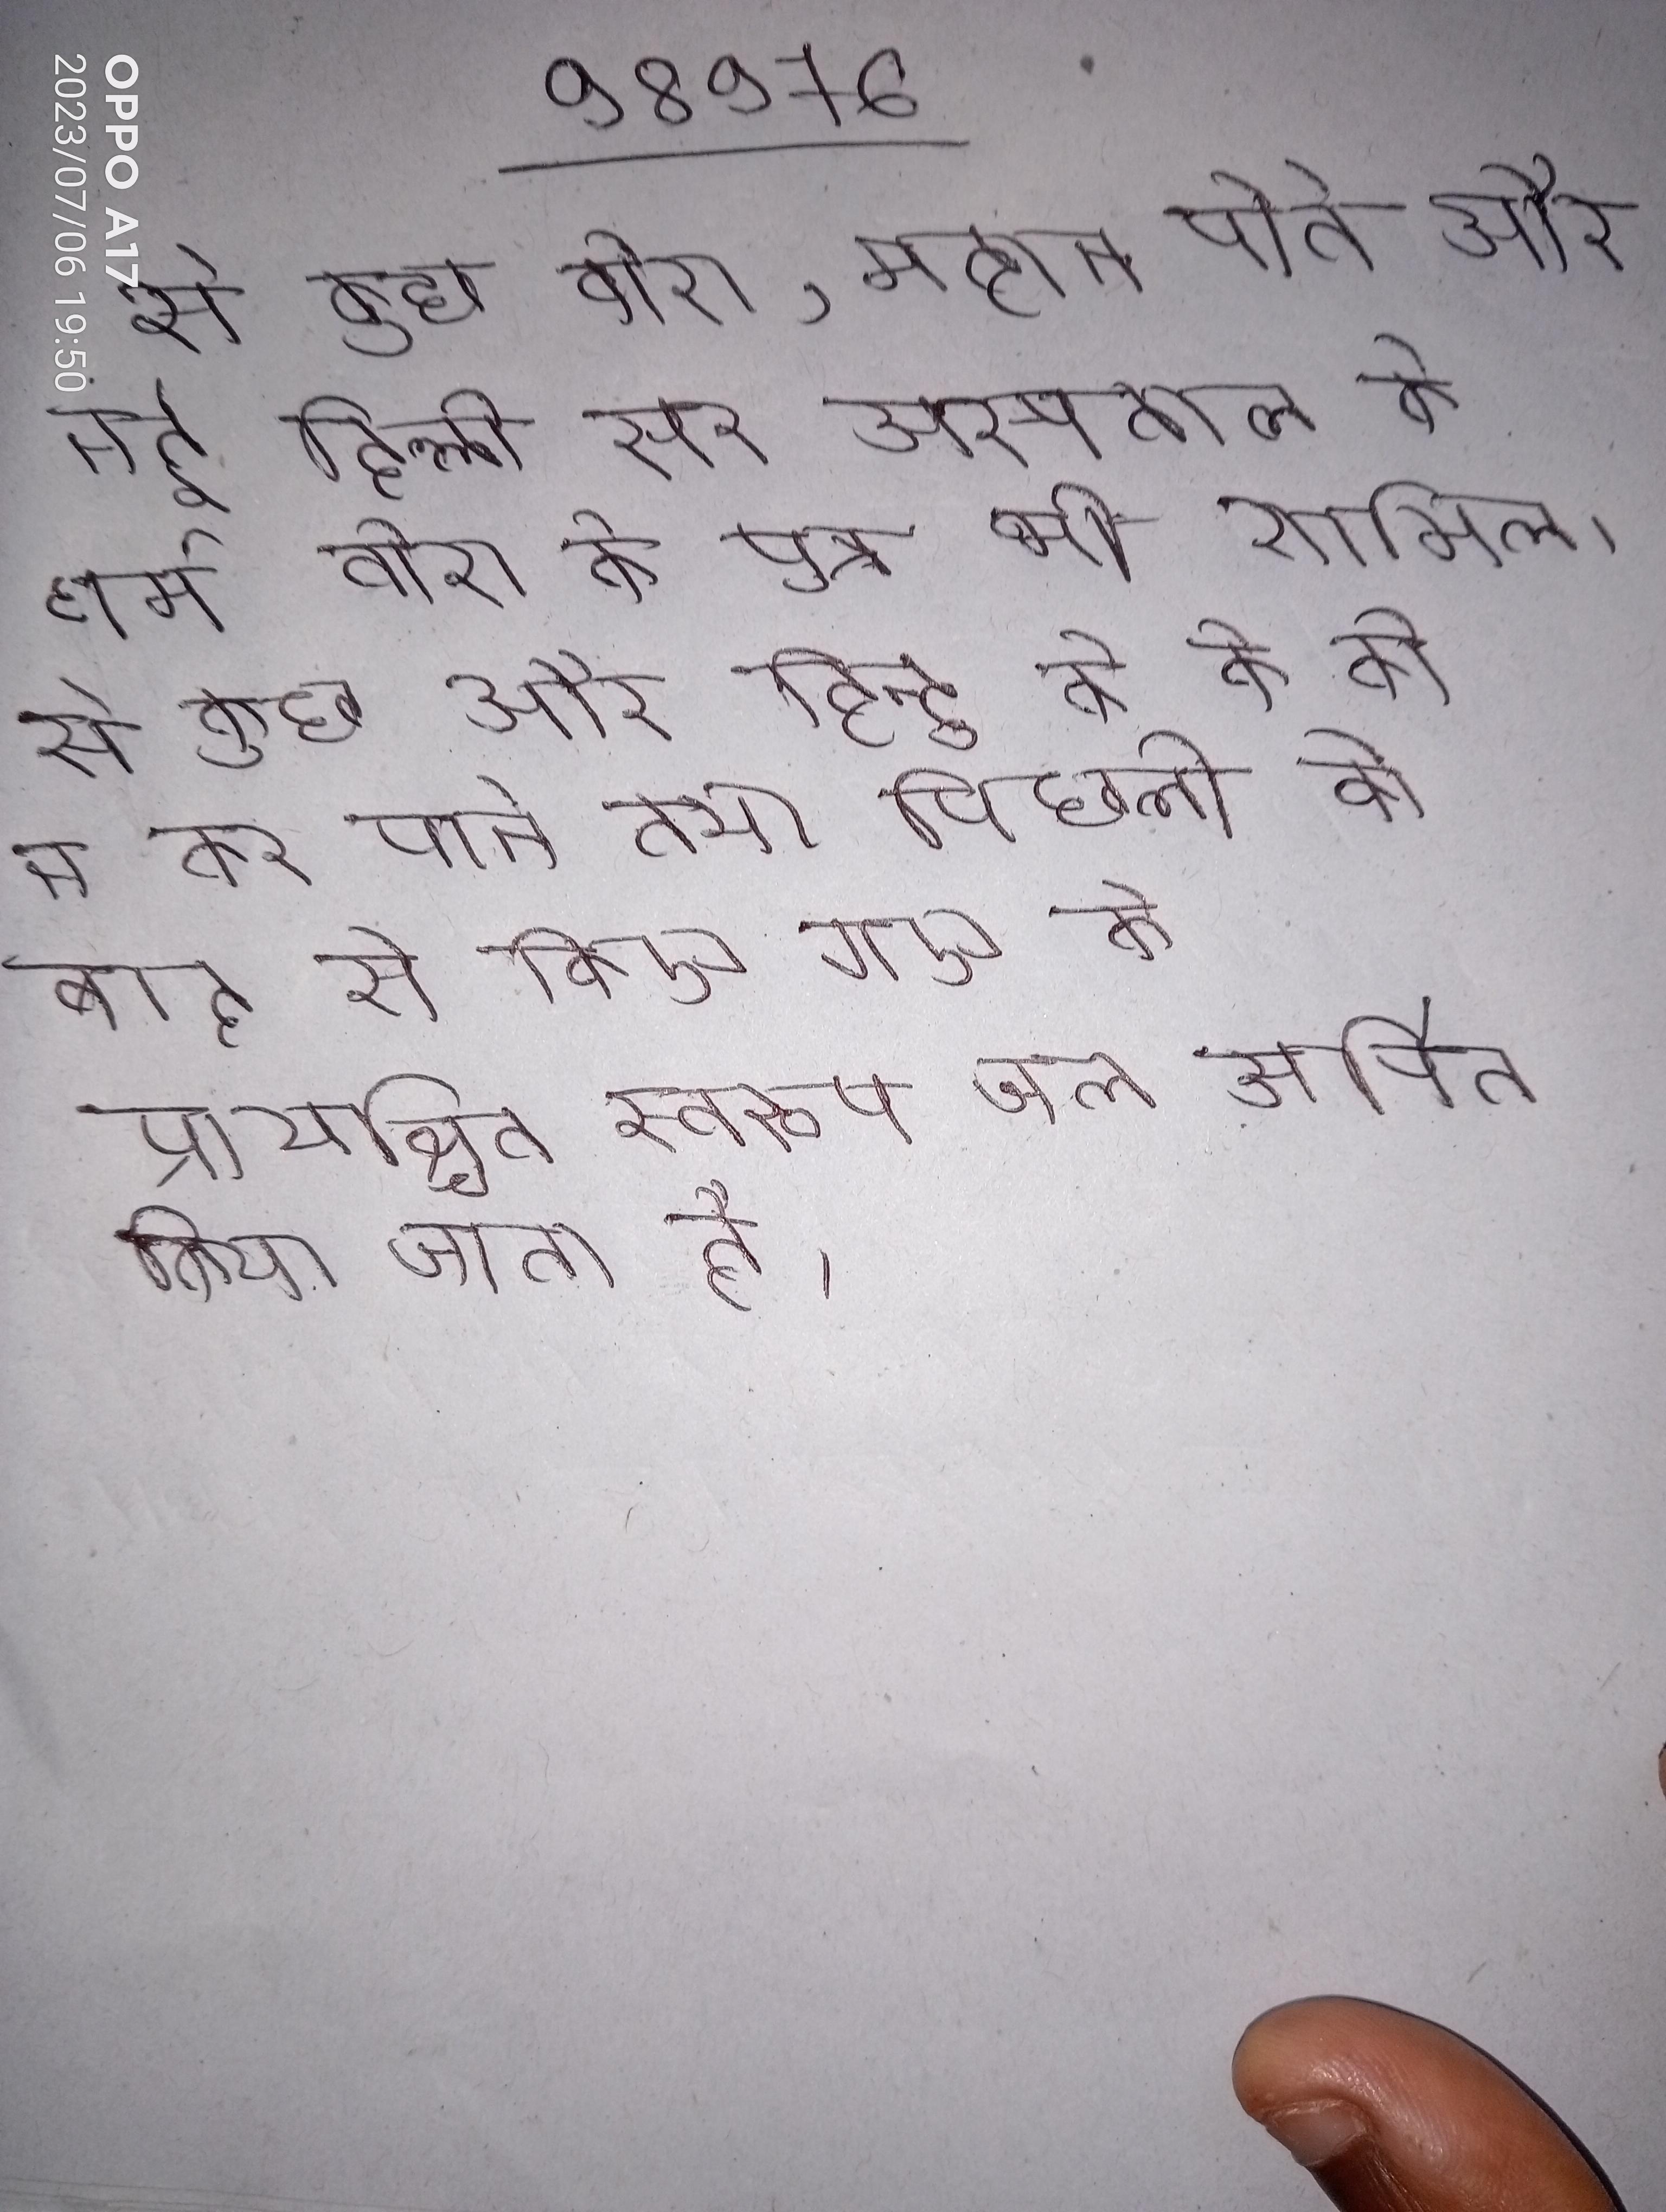
से कुछ वीरा, महान पोते और नई दिल्ली सर अस्पताल के धर्म वीरा के पुत्र भी शामिल । से कुछ और हिन्दू के के को न कर पाने तथा पिछली के बाद से किए गए के प्रायश्चित स्वरूप जल अर्पित किया जाता है ।